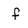
Character: f